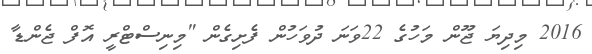
2016 މިދިޔަ ޖޫން މަހުގެ 22ވަނަ ދުވަހުން ފެށިގެން "މިނިސްޓްރީ އޮފް ޖެންޑާ